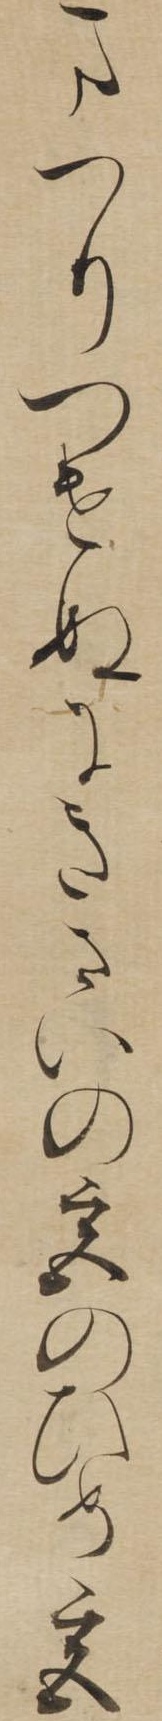
まつりつけぬにきさいの宮のひめ君